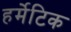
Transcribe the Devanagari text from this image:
हर्मेटिक